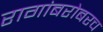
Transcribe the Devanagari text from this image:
रागांबरोबरच